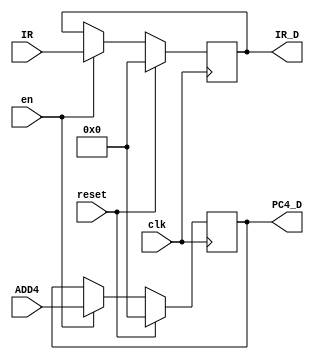
`timescale 1ns / 1ps
//////////////////////////////////////////////////////////////////////////////////
// Company: 
// Engineer: 
// 
// Design Name: 
// Module Name:    regE 
// Project Name: 
// Target Devices: 
// Tool versions: 
// Description: 
//
// Dependencies: 
//
// Revision: 
// Revision 0.01 - File Created
// Additional Comments: 
//
//////////////////////////////////////////////////////////////////////////////////
module regD(
    input [31:0] IR,
    input [31:0] ADD4,
    input clk,
    input reset,
    input en,
	 output reg [31:0] PC4_D,
    output reg [31:0] IR_D
    );
	 
	always@(posedge clk)begin
		if(reset)begin
			IR_D=0;
			PC4_D=0;
		end
		else if(en) begin
			IR_D=IR;
			PC4_D=ADD4;
		end	
		
end

endmodule

	module regE(
	input clk,
	input reset,
	input clr,
	input [31:0]V1,
	input [31:0]V2,
	input [31:0]E32,
	input [31:0]PC4,
	output reg [31:0]V1_E,
	output reg [31:0]V2_E,
	output reg [31:0]E32_E,
	output reg [31:0]PC4_E
    );
	always@(posedge clk) begin

			if(reset||clr)begin
				V1_E=0;
				V2_E=0;
				E32_E=0;
				PC4_E=0;
			end
			else begin
				V1_E=V1;
				V2_E=V2;
				E32_E=E32;
				PC4_E=PC4;
			end
	end
endmodule

module regM(
	input clk,
	input reset,
	input [31:0]V2,
	input [31:0]AO,
	input [31:0]PC4,
	output reg[31:0]V2_M,
	output reg[31:0]AO_M,
	output reg[31:0]PC4_M
    );
	always@(posedge clk)begin
			if(reset)begin
				V2_M=0;
				AO_M=0;
				PC4_M=0;
			end
			else begin
				V2_M=V2;
				AO_M=AO;
				PC4_M=PC4;
			end
	end
endmodule 

module regW(
	input clk,
	input reset,
	input [31:0]PC4,
	input [31:0]AO,
	input [31:0]DR,
	output reg [31:0]PC4_W,
	output reg [31:0]AO_W,
	output reg [31:0]DR_W
    );
	always@(posedge clk)begin
			if(reset)begin
				PC4_W=0;
				AO_W=0;
				DR_W=0;
			end
			else begin
				PC4_W=PC4;
				AO_W=AO;
				DR_W=DR;
			end
	end

endmodule